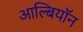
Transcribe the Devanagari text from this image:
आल्बियॉन